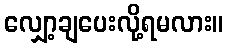
လျှော့ချပေးလို့ရမလား။